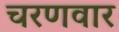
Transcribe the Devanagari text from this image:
चरणवार